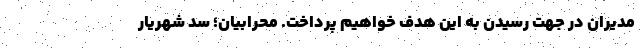
مدیران در جهت رسیدن به این هدف خواهیم پرداخت. محرابیان؛ سد شهریار